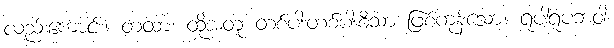
လည်းကောင်း။ တထာ၊ ထိုအတူ တစ်ပါးတစ်ပါးစီသာ ဖြစ်ကုန်သော။ ရူပါရူပဘဝါ၊